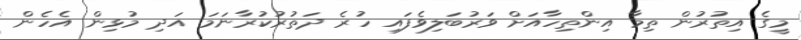
މީގެ އިތުރުން ތިމާ އިންތިހާއަށް ވަރުބަލިވެފައި ހުރެ ދަތުރުކުރާނަމަ އަދި މުޅިން އެހެން